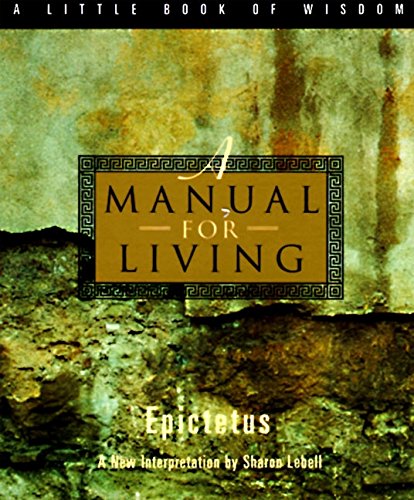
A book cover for A Manual for Living (A Little Book of Wisdom); Epictetus; Politics & Social Sciences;